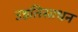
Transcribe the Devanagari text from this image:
उन्नतिसाधन